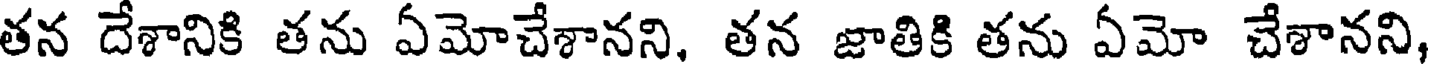
తన దేశానికి తను ఏమోచేశానని, తన జాతికి తను ఏమో చేశానని,